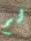
لم